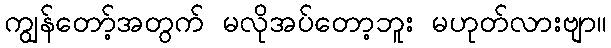
ကျွန်တော့်အတွက် မလိုအပ်တော့ဘူး မဟုတ်လားဗျာ။